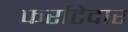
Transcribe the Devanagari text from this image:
फर्राटेदार